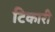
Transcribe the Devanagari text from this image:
टिकारी